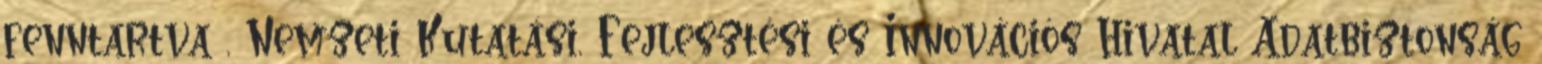
fenntartva , Nemzeti Kutatási, Fejlesztési és Innovációs Hivatal Adatbiztonság